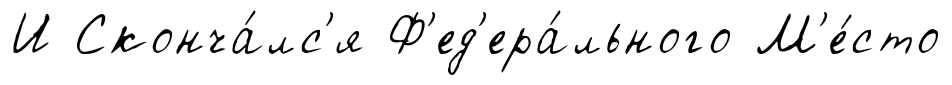
И Сконча́лс'я Ф'ед'ера́льного М'е́сто